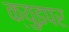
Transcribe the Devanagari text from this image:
क्युइपर